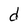
Character: d